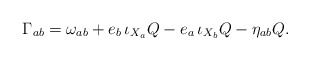
\begin{align*}\Gamma_{ab} = \omega_{ab} +e_b\,\iota_{X_a}Q -e_a\,\iota_{X_b}Q - \eta_{ab} Q.\end{align*}